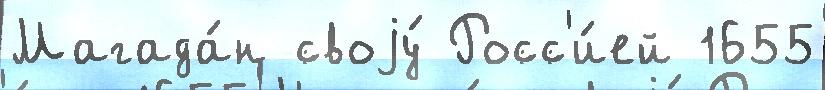
Магада́н своjу́ Росс'и́ей 1655